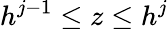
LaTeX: h^{j-1}\leq z\leq h^{j}